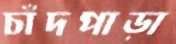
চাঁদপাড়া